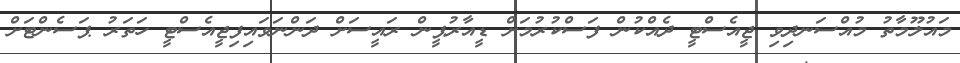
މައުލޫމާތު މުއްސަނދިވި ޖީއެސްޓީ ދެއްކުން ފަސްކުރުމަށް ޑީއާރުޕީން ރައީސަށް ދަންނަވައިފިޖީއެސްޓީ ހަތަރު ޕަސެންޓަށް